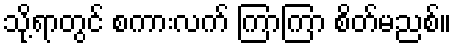
သို့ရာတွင် စကားလက် ကြာကြာ စိတ်မညစ်။